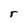
Character: r